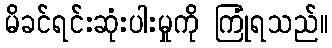
မိခင်ရင်းဆုံးပါးမှုကို ကြုံရသည်။